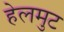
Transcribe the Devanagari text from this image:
हेलमुट